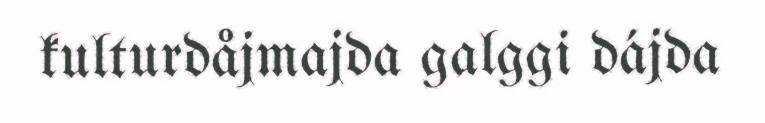
kulturdåjmajda galggi dájda